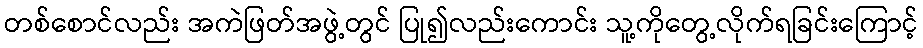
တစ်စောင်လည်း အကဲဖြတ်အဖွဲ့တွင် ပြု၍လည်းကောင်း သူ့ကိုတွေ့လိုက်ရခြင်းကြောင့်